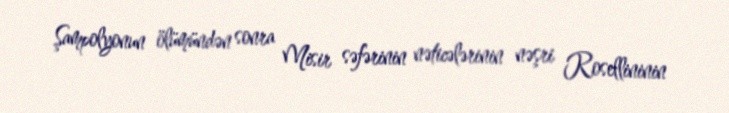
Şampolyonun ölümündən sonra Misir səfərinin nəticələrinin nəşri Rosellininin